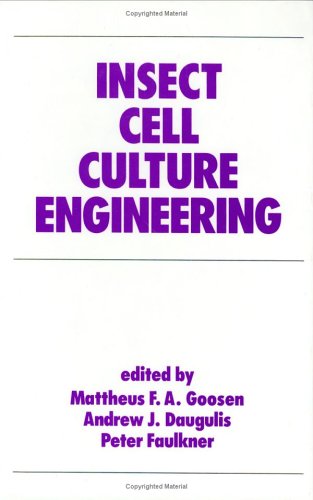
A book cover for Insect Cell Culture Engineering (Biotechnology and Bioprocessing); Goosen; Medical Books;